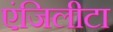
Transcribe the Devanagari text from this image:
एंजिलीटा